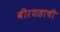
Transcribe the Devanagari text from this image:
बीरशहाची